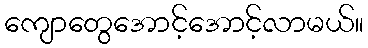
ကျောတွေအောင့်အောင့်လာမယ်။